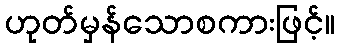
ဟုတ်မှန်သောစကားဖြင့်။